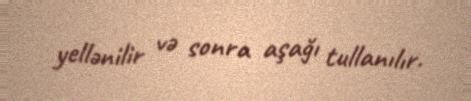
yellənilir və sonra aşağı tullanılır.